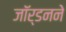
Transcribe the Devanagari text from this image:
जॉर्डनने